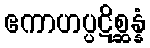
ဧကာဟပ္ပဋိစ္ဆန္နံ